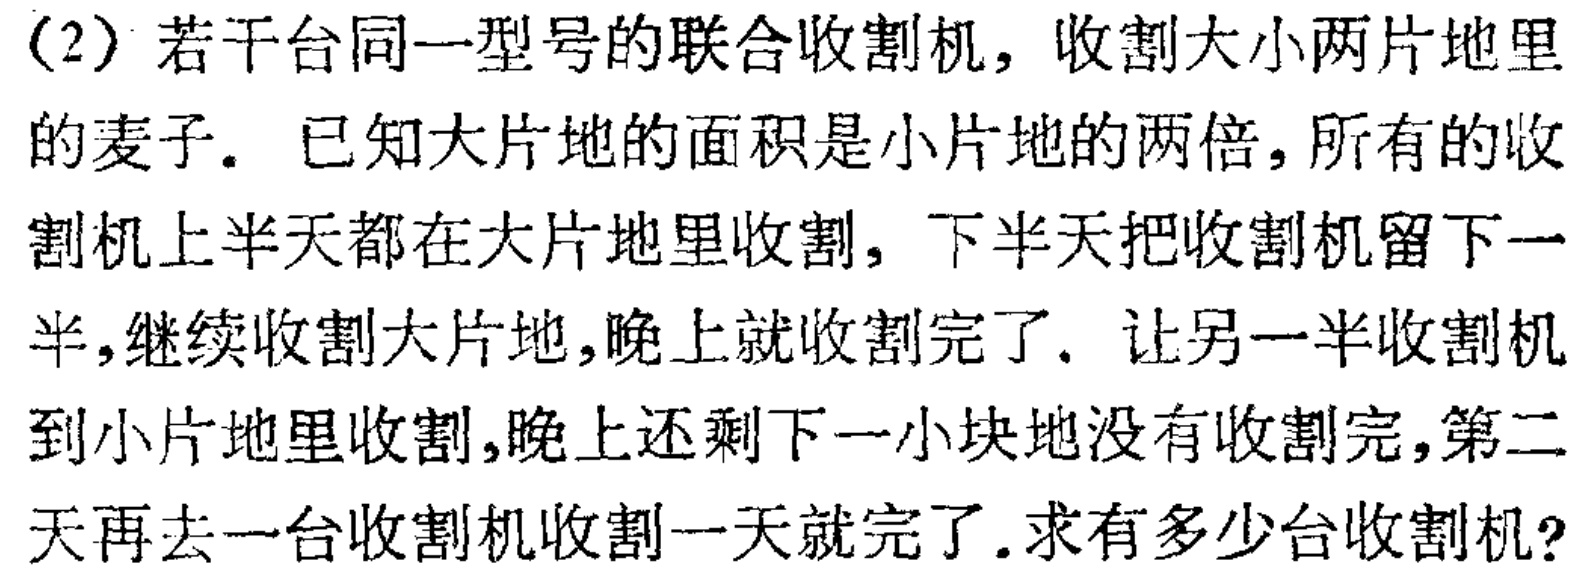
（2）若干台同一型号的联合收割机，收割大小两片地里的麦子。已知大片地的面积是小片地的两倍，所有的收割机上半天都在大片地里收割，下半天把收割机留下一半，继续收割大片地，晚上就收割完了。让另一半收割机到小片地里收割，晚上还剩下一小块地没有收割完，第二天再去一台收割机收割一天就完了。求有多少台收割机？